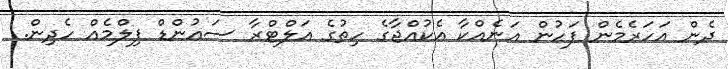
ދެން އަހަރެމެން ފަހުން އަނެއްކާ އެކުއްޖާގެ ހިތުގެ އަލްޓްރާ ސައުންޑް ފިލްމެއް ހެދިން.